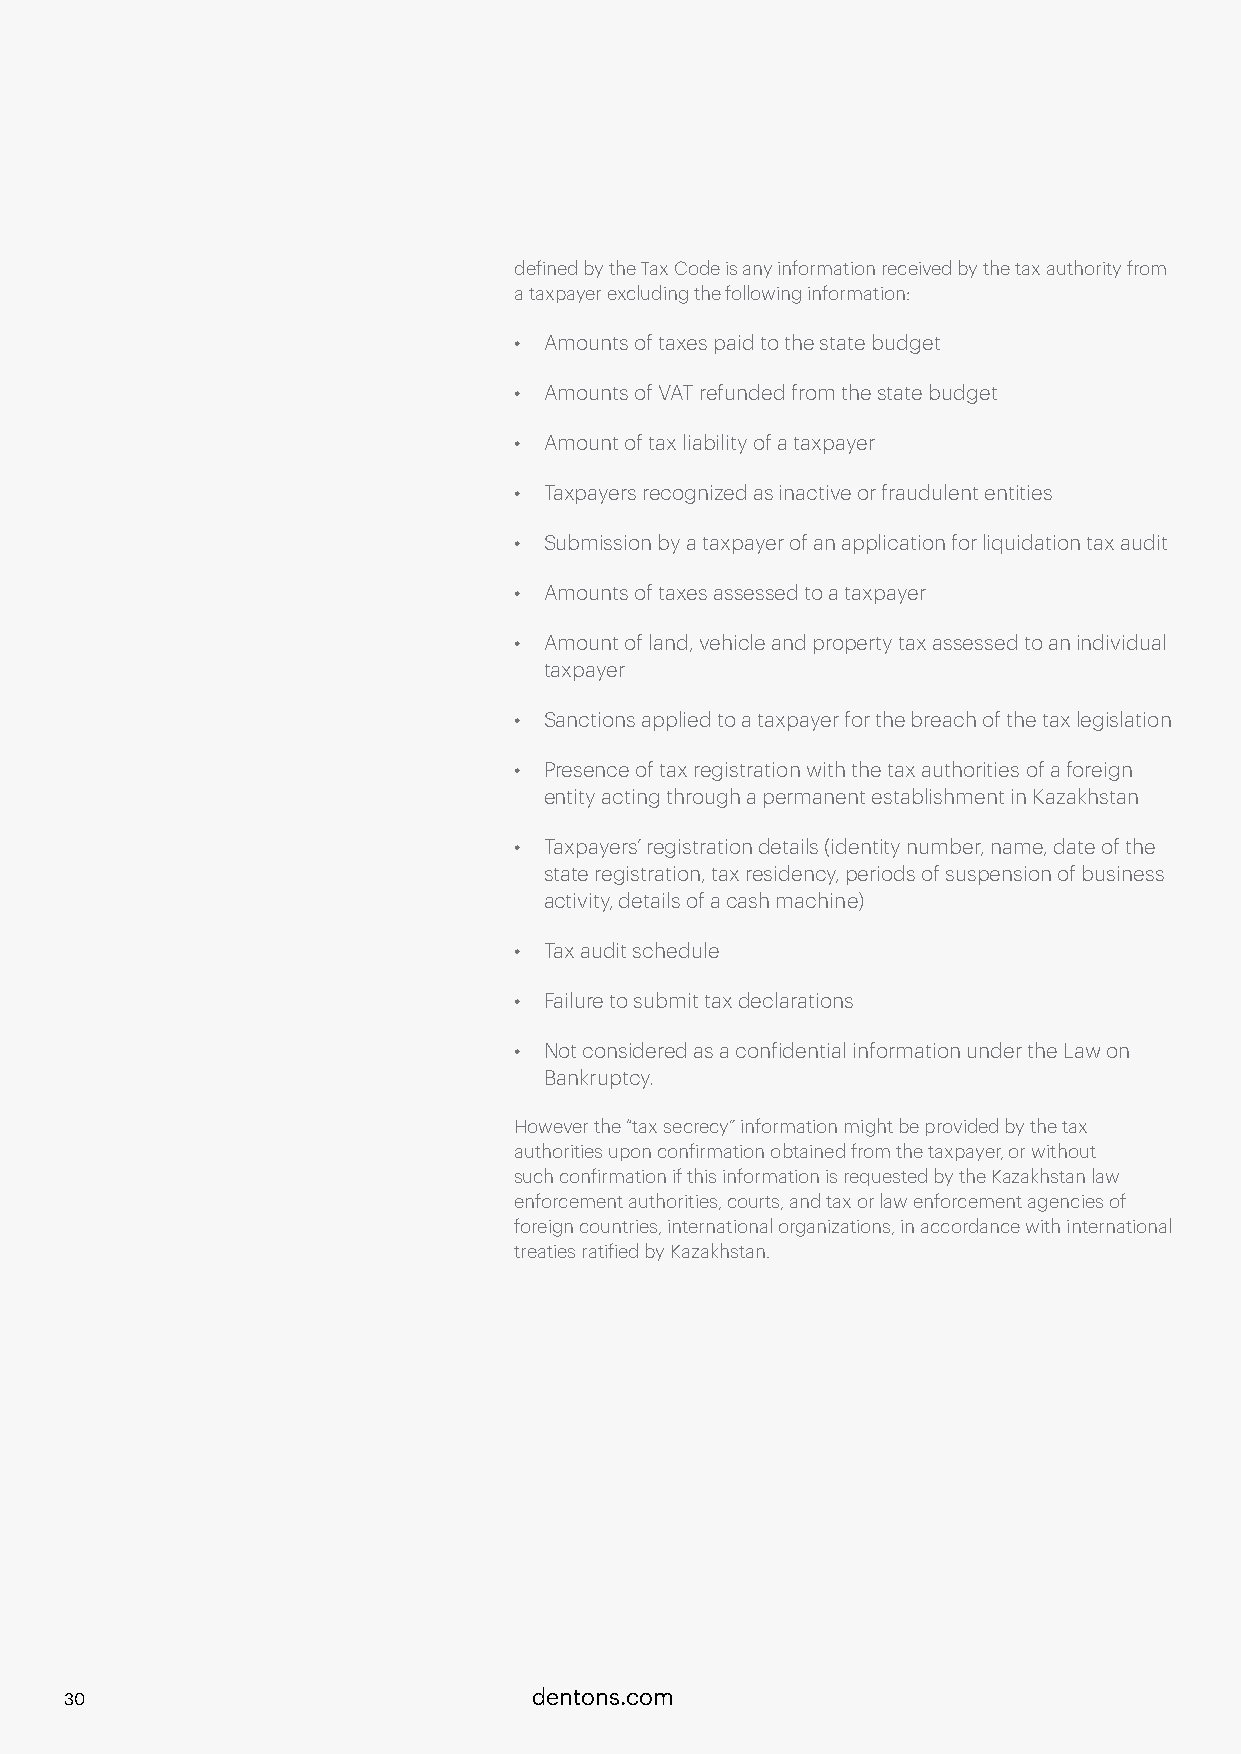
defined by the Tax Code is any information received by the tax authority from
 a taxpayer excluding the following information:
 • Amounts of taxes paid to the state budget
 • Amounts of VAT refunded from the state budget
 • Amount of tax liability of a taxpayer
 • Taxpayers recognized as inactive or fraudulent entities
 • Submission by a taxpayer of an application for liquidation tax audit
 • Amounts of taxes assessed to a taxpayer
 • Amount of land, vehicle and property tax assessed to an individual
 taxpayer
 • Sanctions applied to a taxpayer for the breach of the tax legislation
 • Presence of tax registration with the tax authorities of a foreign
 entity acting through a permanent establishment in Kazakhstan
 • Taxpayers’ registration details (identity number, name, date of the
 state registration, tax residency, periods of suspension of business
 activity, details of a cash machine)
 • Tax audit schedule
 • Failure to submit tax declarations
 • Not considered as a confidential information under the Law on
 Bankruptcy.
 However the “tax secrecy” information might be provided by the tax
 authorities upon confirmation obtained from the taxpayer, or without
 such confirmation if this information is requested by the Kazakhstan law
 enforcement authorities, courts, and tax or law enforcement agencies of
 foreign countries, international organizations, in accordance with international
 treaties ratified by Kazakhstan.
 30                             dentons.com